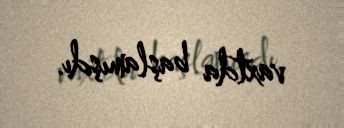
vaxtda başlamışdı.